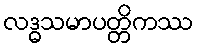
လဒ္ဓသမာပတ္တိကဿ